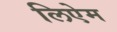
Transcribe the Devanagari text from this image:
लिऐम